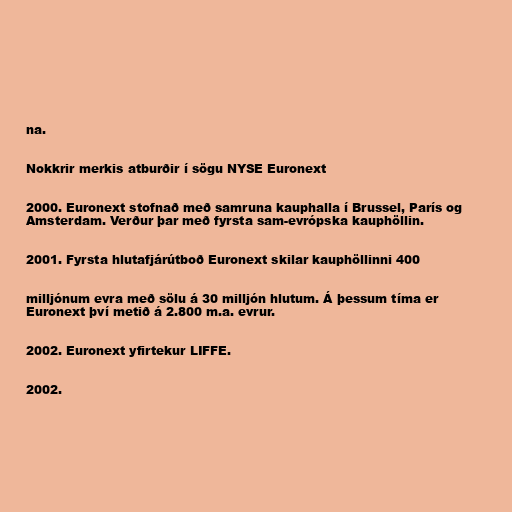
na.

Nokkrir merkis atburðir í sögu NYSE Euronext

2000. Euronext stofnað með samruna kauphalla í Brussel, París og
Amsterdam. Verður þar með fyrsta sam-evrópska kauphöllin.

2001. Fyrsta hlutafjárútboð Euronext skilar kauphöllinni 400

milljónum evra með sölu á 30 milljón hlutum. Á þessum tíma er
Euronext því metið á 2.800 m.a. evrur.

2002. Euronext yfirtekur LIFFE.

2002.